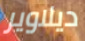
ديلاوير